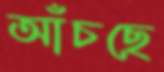
আঁচছে